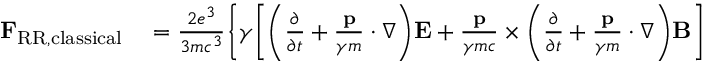
\begin{array} { r l } { \mathbf { F } _ { \mathrm { R R , c l a s s i c a l } } } & { { } = \frac { 2 e ^ { 3 } } { 3 m c ^ { 3 } } \bigg \lbrace \gamma \bigg [ \bigg ( \frac { \partial } { \partial t } + \frac { \mathbf { p } } { \gamma m } \cdot \nabla \bigg ) \mathbf { E } + \frac { \mathbf { p } } { \gamma m c } \times \bigg ( \frac { \partial } { \partial t } + \frac { \mathbf { p } } { \gamma m } \cdot \nabla \bigg ) \mathbf { B } \bigg ] } \end{array}